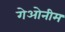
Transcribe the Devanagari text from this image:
गेओनीम